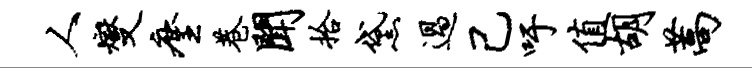
人燮麈巷闻拾黛过己吁值胡蒿